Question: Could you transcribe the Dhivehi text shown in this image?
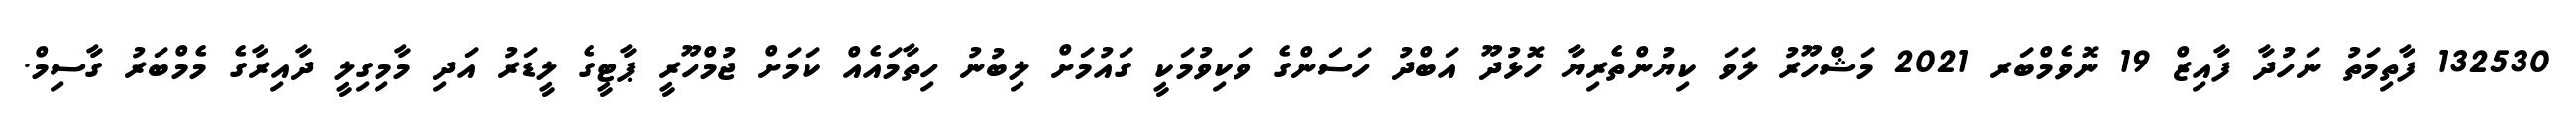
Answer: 132530 ފާތިމަތު ނަހުދާ ފާއިޒް 19 ނޮވެމްބަރ 2021 މަޝްހޫރު ލަވަ ކިޔުންތެރިޔާ ހޮޅުދޫ އަބްދު ހަސަންގެ ވަކިވުމަކީ ގައުމަށް ލިބުނު ހިތާމައެއް ކަމަށް ޖުމްހޫރީ ޕާޓީގެ ލީޑަރު އަދި މާމިގިލީ ދާއިރާގެ މެމްބަރު ގާސިމް.